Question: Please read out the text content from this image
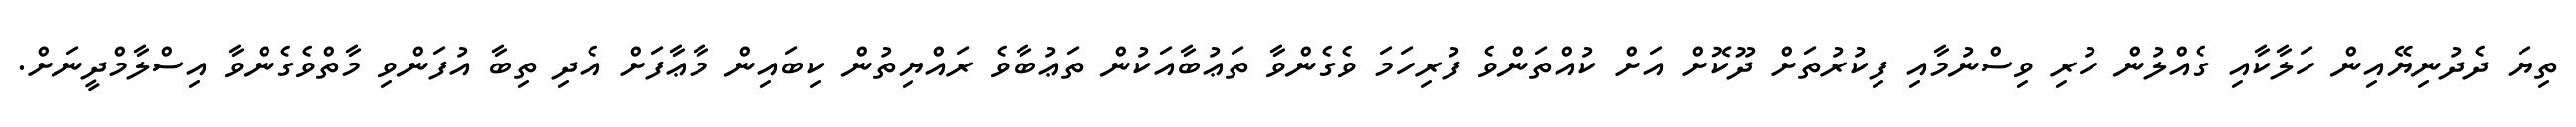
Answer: ތިޔަ ދެދުނިޔޭއިން ހަލާކާއި ގެއްލުން ހުރި ވިސްނުމާއި ފިކުރުތަށް ދޫކޮށް އަށް ކުއްތަންވެ ފުރިހަމަ ވެގެންވާ ތަޢުބާއަކުން ތަޢުބާވެ ރައްޔިތުން ކިބައިން މާޢާފަށް އެދި ތިބާ އުފަންވި މާތްވެގެންވާ އިސްލާމްދީނަށް.